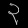
Digit: ၃